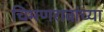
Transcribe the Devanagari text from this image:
चिमणरावांच्या